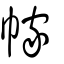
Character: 幏